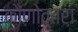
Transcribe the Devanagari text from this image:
कौणोत्तरा